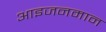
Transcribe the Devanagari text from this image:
आइजनमान